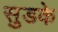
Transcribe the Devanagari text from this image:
सुडके